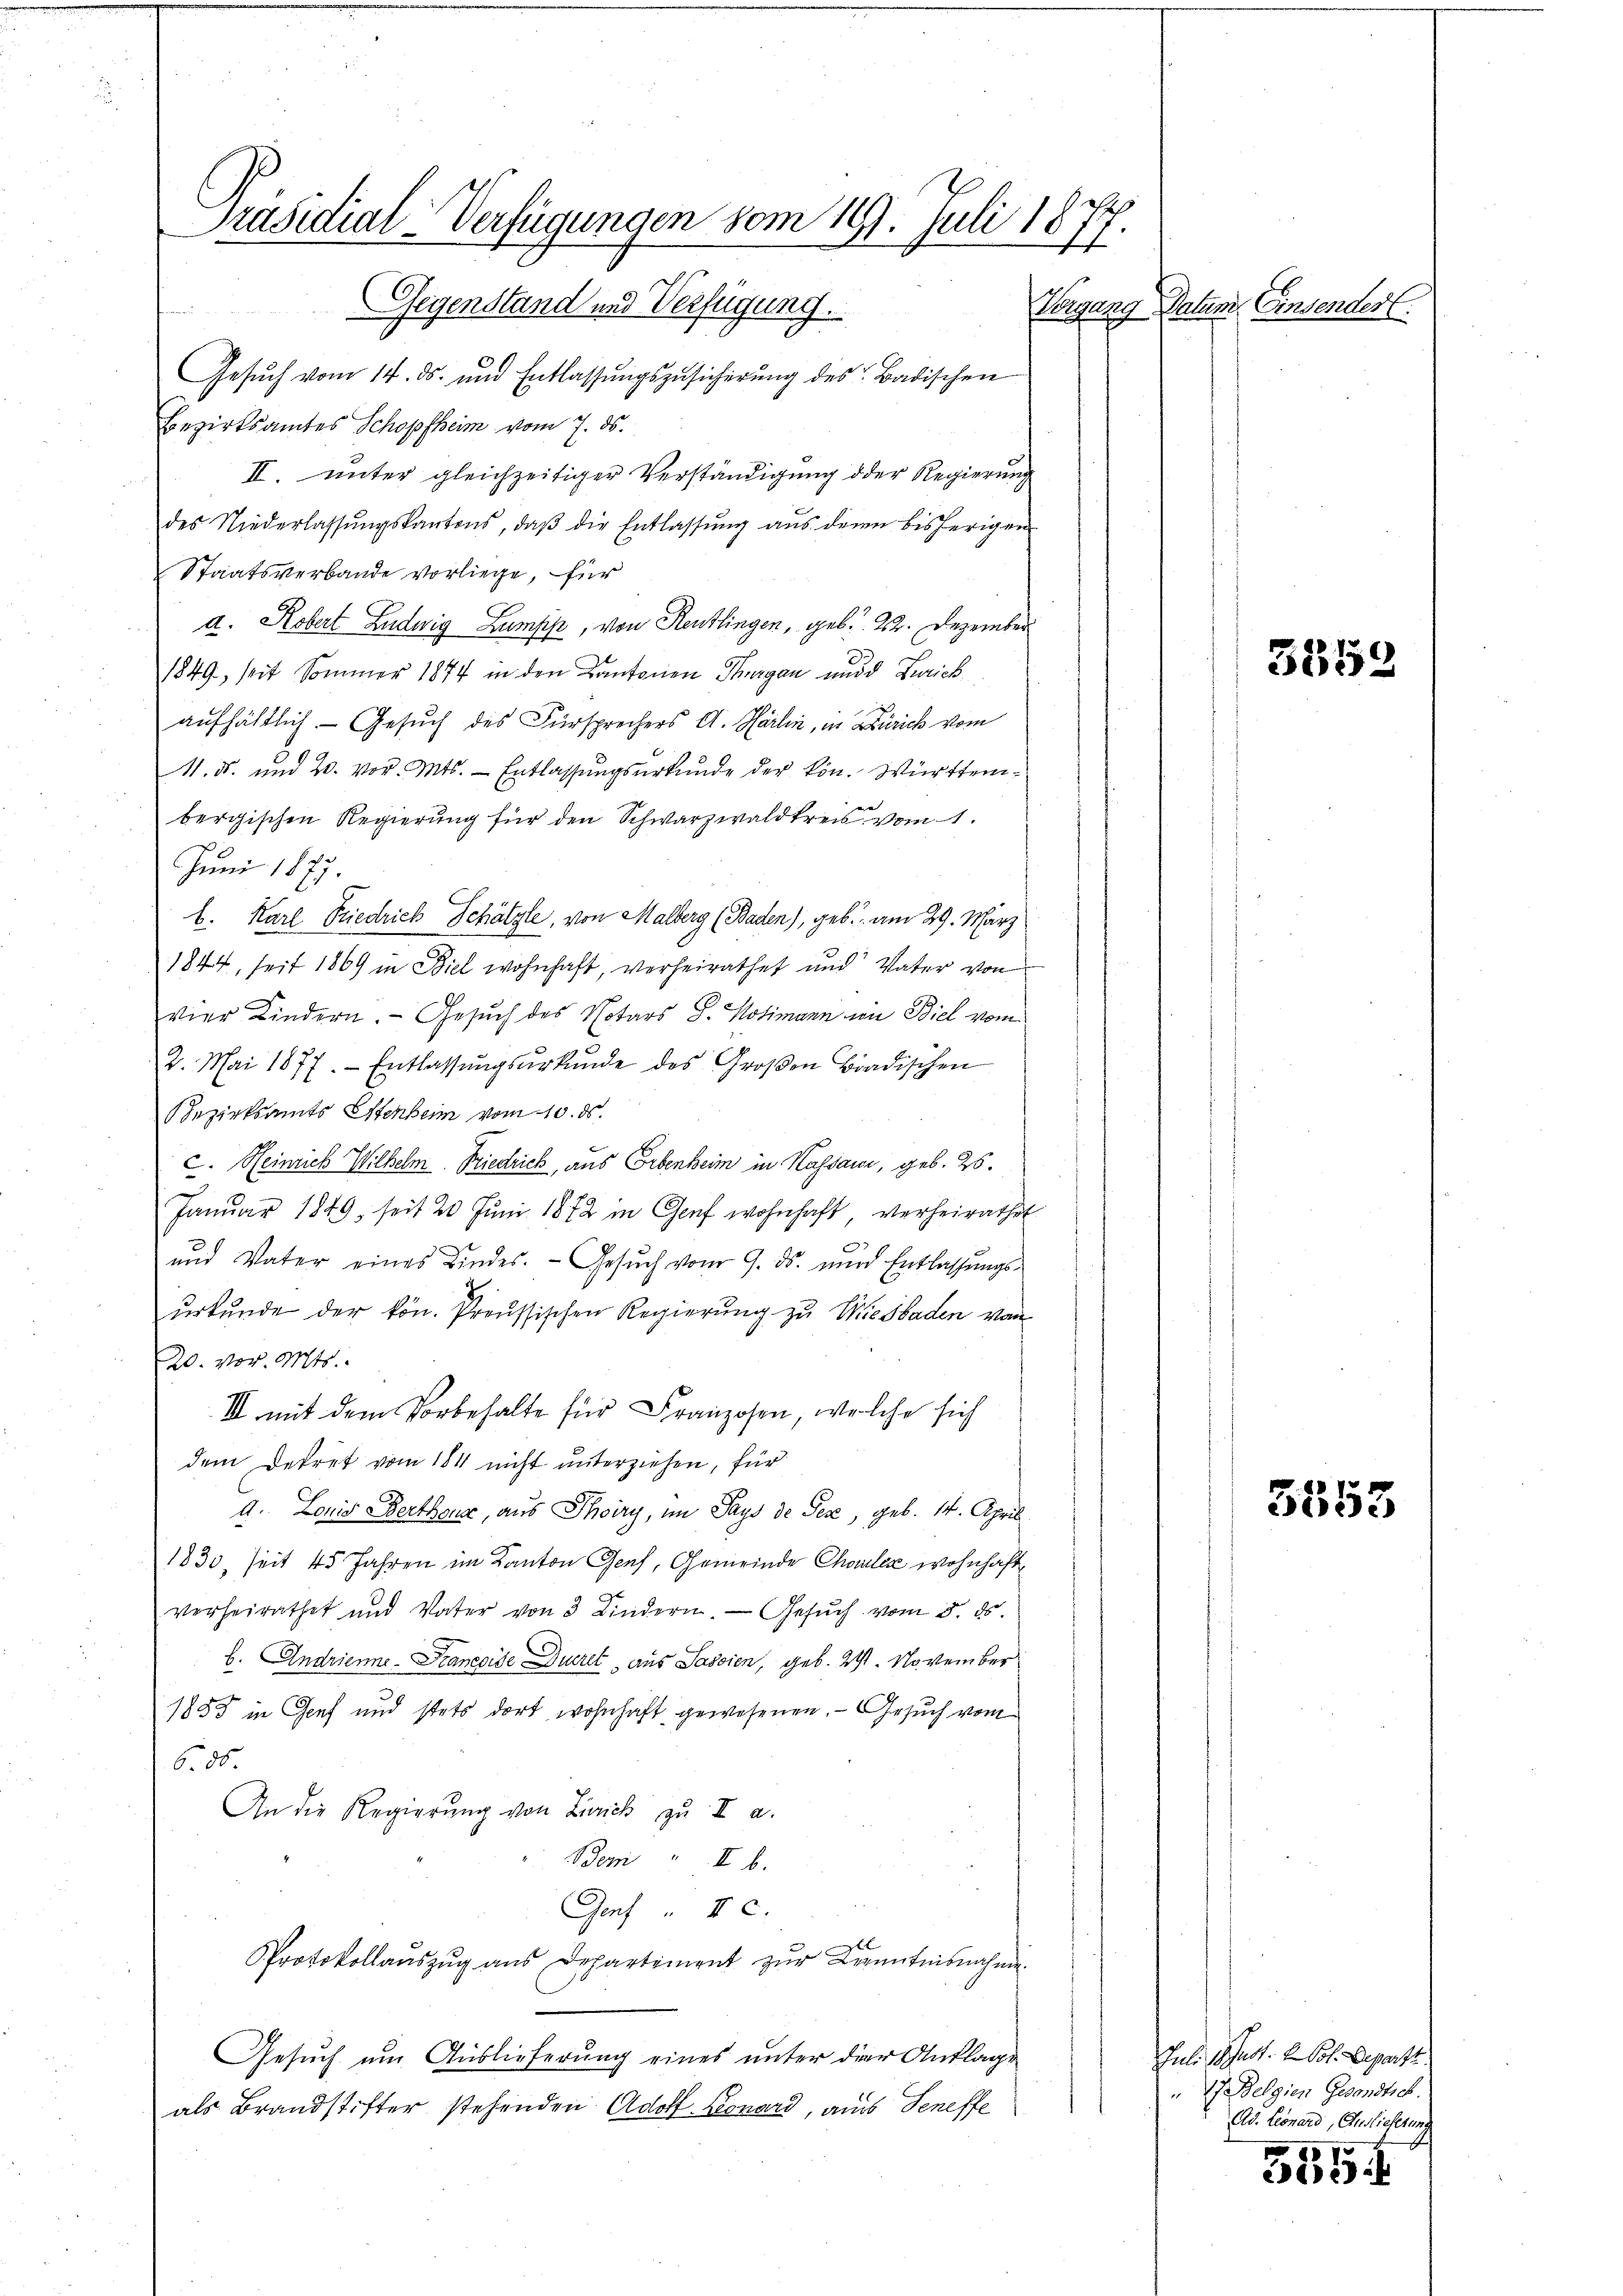
räsidial-Verfügungen vom 19. Juli 1877
Gegenstand und Verfügung.

Gesŭch vom 14. ds. und Entlassŭngszusicherŭng des Badischen
Bezirksamtes Schopfheim vom 7. ds.
II. unter gleichzeitiger Verständigung oder Regierung
des Niederlassŭngskantons, daβ die Entlassŭng aŭs denn bisherigen
Staatsverbande vorliege, für
d. Robert Ludwig Lumpis, von Reutlingen, geb. 22. Dezember
1849, seit Sommer 1874 in den Kantonen Thurgau und Zürichaufhältlich - Gesuch des Fürsprechers A. Härlin, in Zürich vom
. ds. und 20. vor. Mts. Entlassungsurkunde der Ven. Württembergischen Regierung für den Schwarzwaldkreis vom 1.
Juni 1877.
b. Karl Friedrich Schätzle, von Malberg (Baden), geb. am 29. März
1844, seit 1869 in Biel wohnhaft, verheirathet und Vater von
vier Kindern. Gesuch des Notars S. Notimann von Biel vom
2. Mai 1877. Entlassŭngsŭrkŭnde des Groβen Bradischen
Bezirksamts Stenheim vom 10. ds.
C. Heinrich Wilhelm Friedrich, aus Erbenheim in Kassau, geb. 25.
Janŭar 1849 seit 20 Juni 1872 in Genf wohnhaft, verheirathet
und Vater eines Kindes. - Gesuch vom 9. ds. und Entlassungsŭrkŭnde der kön. Preussischen Regierung zu Wiesbaden von
20. vor. Mts.
III mit dem Vorbehalte für Franzosen, welche sich
dem Dekret vom 184 nicht unterziehen, für
d. Louis Berthouse, aus Thoiry, im Pays de Pez, geb. 14. April
1830, seit 45 Jahren im Kanton Genf, Gemeinde Choler wohnhaft
verheirathet und Vater von 3 Kindern. Gesuch vom 5. ds.
b. Andrienne-Francoise Decret aus Sassien, geb. 29. November
1855 in Genf und stets dort wohnhaft gewesenen. Gesuch vom
6. 86
An die Regierung von Zürich zu II a.
Bem" II b.
Genf " 4 c.
Protokollauszug aus Departement zŭr Kenntnisnahme
Gesuch um Auslieferung eines unter die Anklage
als Brandstifter stehenden Adolf Leonard, aus Seneffe

Vergang Datum Einsendert.

3359

5553

Juli Phast. 2. Vol. Depart
27. Belgien Gesandtsch.
(Ad. Leonard, Auslieferung
57

):